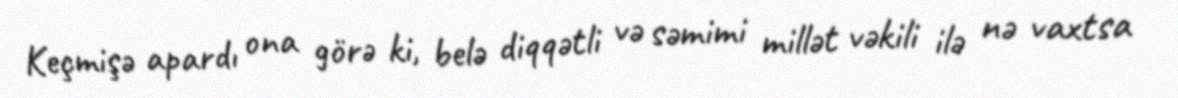
Keçmişə apardı ona görə ki, belə diqqətli və səmimi millət vəkili ilə nə vaxtsa